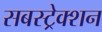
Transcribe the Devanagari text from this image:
सबस्ट्रेक्शन